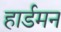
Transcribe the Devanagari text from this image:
हार्डमन